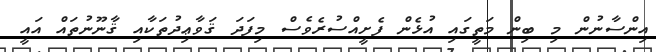
އިންސާނުން މި ބިން މަތީގައި އުޅެން ފެށީއްސުރެވެސް މިފަދަ ޤަވާޢިދުތަކާއި ޤާނޫނުތައް އައީ